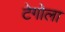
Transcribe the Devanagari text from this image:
टेगोला